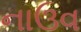
નાઉવ